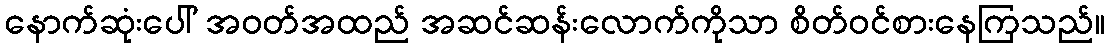
နောက်ဆုံးပေါ် အဝတ်အထည် အဆင်ဆန်းလောက်ကိုသာ စိတ်ဝင်စားနေကြသည်။